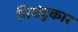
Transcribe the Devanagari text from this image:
निघंटुकार